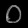
Digit: ၀